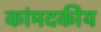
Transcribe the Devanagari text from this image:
कांमदकीय